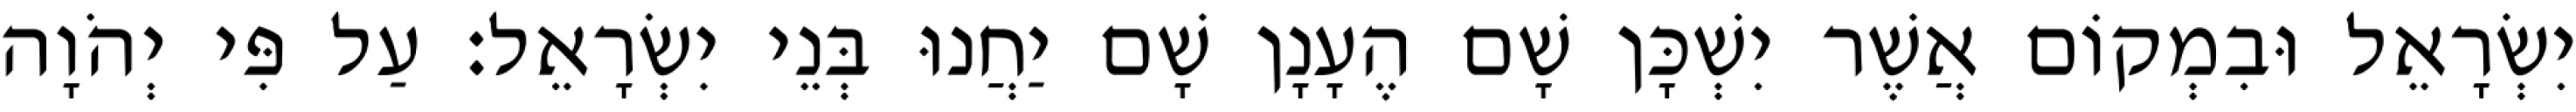
יִשְׂרָאֵל וּבִמְקוֹם אֲשֶׁר יִשְׁכָּן שָׁם הֶעָנָן שָׁם יַחֲנוּ בְּנֵי יִשְׂרָאֵל׃ עַל פִּי יְהֹוָה